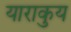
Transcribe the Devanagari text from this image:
याराकुय